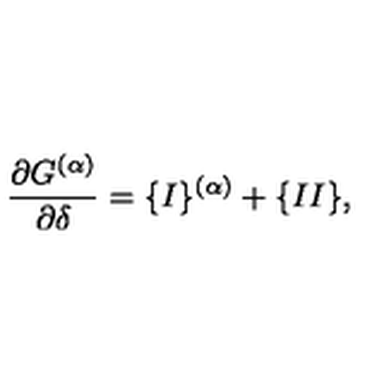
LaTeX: \frac { \partial G ^ { ( \alpha ) } } { \partial \delta } = \{ I \} ^ { ( \alpha ) } + \{ I I \} ,